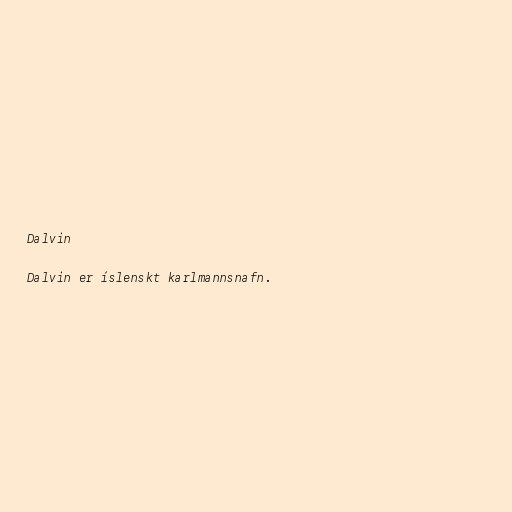
Dalvin

Dalvin er íslenskt karlmannsnafn.